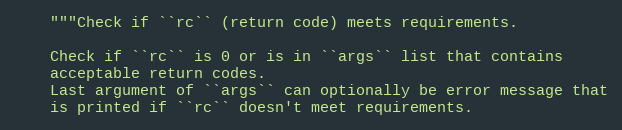
Language: Python
    """Check if ``rc`` (return code) meets requirements.

    Check if ``rc`` is 0 or is in ``args`` list that contains
    acceptable return codes.
    Last argument of ``args`` can optionally be error message that
    is printed if ``rc`` doesn't meet requirements.